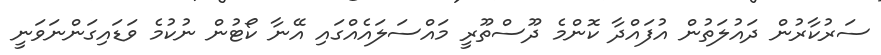
ސަރުކާރުން ދައުލަތުން އުފައްދާ ކޮންމެ ދޫސްތޫރީ މައްސަލައެއްގައި އޭނާ ކޯޓުން ނުކުމެ ވަޑައިގަންނަވަނީ